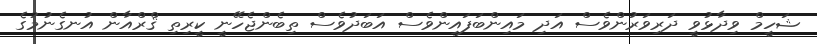
ޝަހީމް ވިދާޅުވީ ދަރިވަރުންވެސް އަދި މައިންބަފައިންވެސް އަބަދުވެސް ތިބެންޖެހޭނީ ކީރިތި ޤްރްއާން އުނގެނުމުގެ